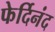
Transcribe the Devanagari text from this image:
फेर्दिनंद